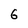
Character: 6